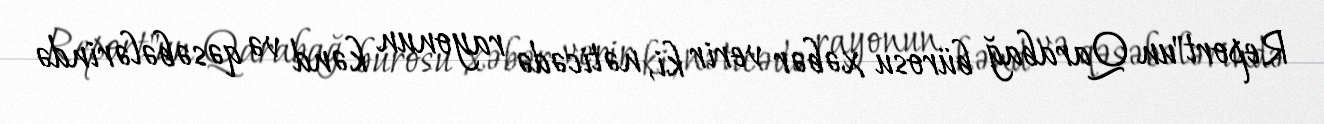
Report"un Qarabağ bürosu xəbər verir ki, nəticədə rayonun kənd və qəsəbələrində